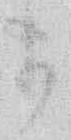
ま